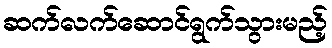
ဆက်လက်ဆောင်ရွက်သွားမည့်